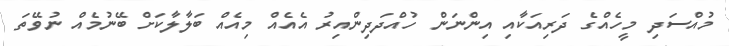
މުއްސަދި މީހެއްގެ ދަރިއަކާއި އިންނަން ހުއްދަދިންއިރު އެއެއް މިއެއް ބަލާލާކަށް ބޭނުމެއް ނުވޭތަ